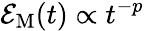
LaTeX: {\cal E}_{\mathrm{M}}(t)\propto t^{-p}